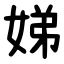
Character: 娣